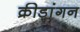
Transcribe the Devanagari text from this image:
क्रीड़ांगन